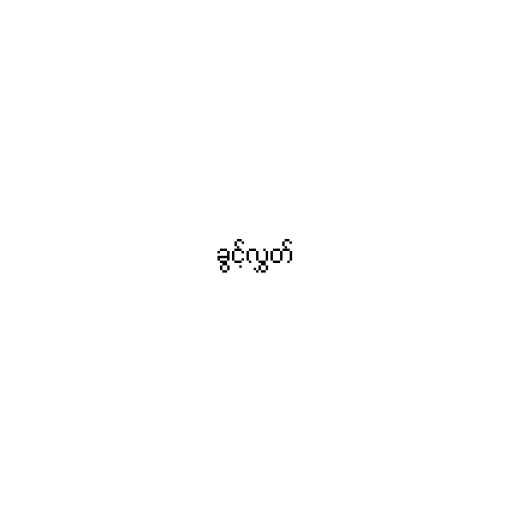
ခွင့်လွှတ်